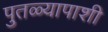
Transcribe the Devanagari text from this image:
पुतळ्यापाशी